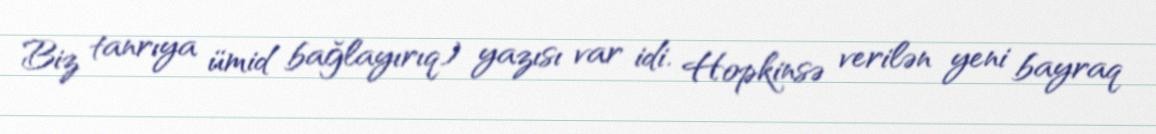
Biz tanrıya ümid bağlayırıq) yazısı var idi. Hopkinsə verilən yeni bayraq